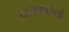
ચરણદાસી